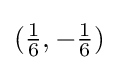
({\tfrac {1}{6}},-{\tfrac {1}{6}})